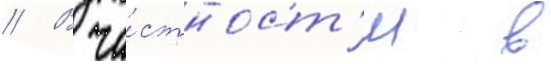
// В ча́стност'и в